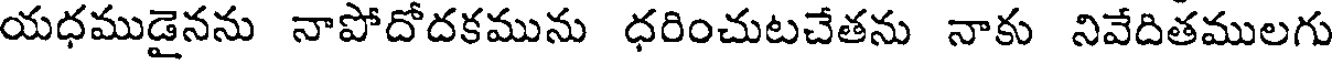
యధముడైనను నాపోదోదకమును ధరించుటచేతను నాకు నివేదితములగు